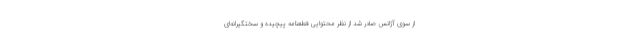
از سوی آژانس صادر شد از نظر محتوایی قطعنامه پیچیده و سختگیرانه‌ای